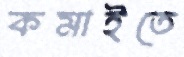
কমাইতে